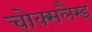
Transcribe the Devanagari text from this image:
चोक्सलैम्ड